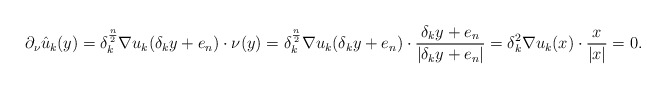
\begin{align*}\partial_\nu \hat u_k(y)=\delta_k^\frac{n}{2}\nabla u_k (\delta_k y+e_n)\cdot \nu(y)=\delta_k^\frac{n}{2}\nabla u_k (\delta_k y+e_n)\cdot \frac{\delta_k y+e_n}{|\delta_k y+e_n|}= \delta_k^2 \nabla u_k (x)\cdot \frac{x}{|x|}=0.\end{align*}